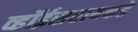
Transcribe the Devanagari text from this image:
व्हॉईसरायकडे